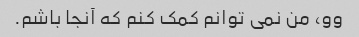
وو، من نمی توانم کمک کنم که آنجا باشم.